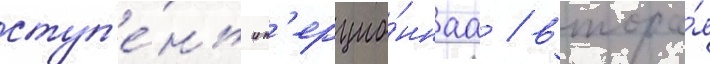
ступ'е́нь ин'ерцио́ннаа / втора́я